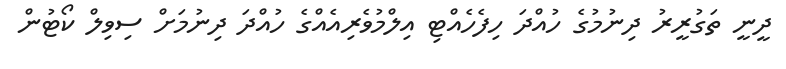
ދީނީ ތަގުރީރު ދިނުމުގެ ހުއްދަ ހިފެހެއްޓި އިލްމުވެރިއެއްގެ ހުއްދަ ދިނުމަށް ސިވިލް ކޯޓުން